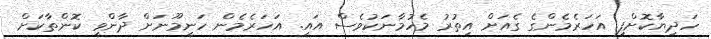
ހަދިޔާކޮށްފި. އަހަރެމެންގެ ގެއަށް އިތުރު މެހުމާނަކުވެސް އައީ. އަހަރެމެން ހަނީމޫނަށް ދާންވީ ކޮންތާކަށް